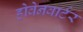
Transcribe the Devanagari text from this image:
होवेनवार्टर